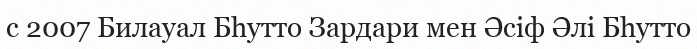
с 2007 Билауал Бһутто Зардари мен Әсіф Әлі Бһутто